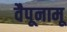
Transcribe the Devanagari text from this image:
वैपूनामू